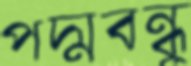
পদ্মবন্ধু